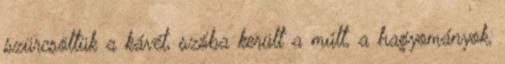
szürcsöltük a kávét, szóba került a múlt, a hagyományok,